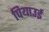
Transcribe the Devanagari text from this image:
पियाउई